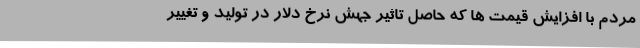
مردم با افزایش قیمت ها که حاصل تاثیر جهش نرخ دلار در تولید و تغییر